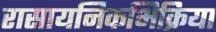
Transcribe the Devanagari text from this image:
रासायनिकभिक्रिया